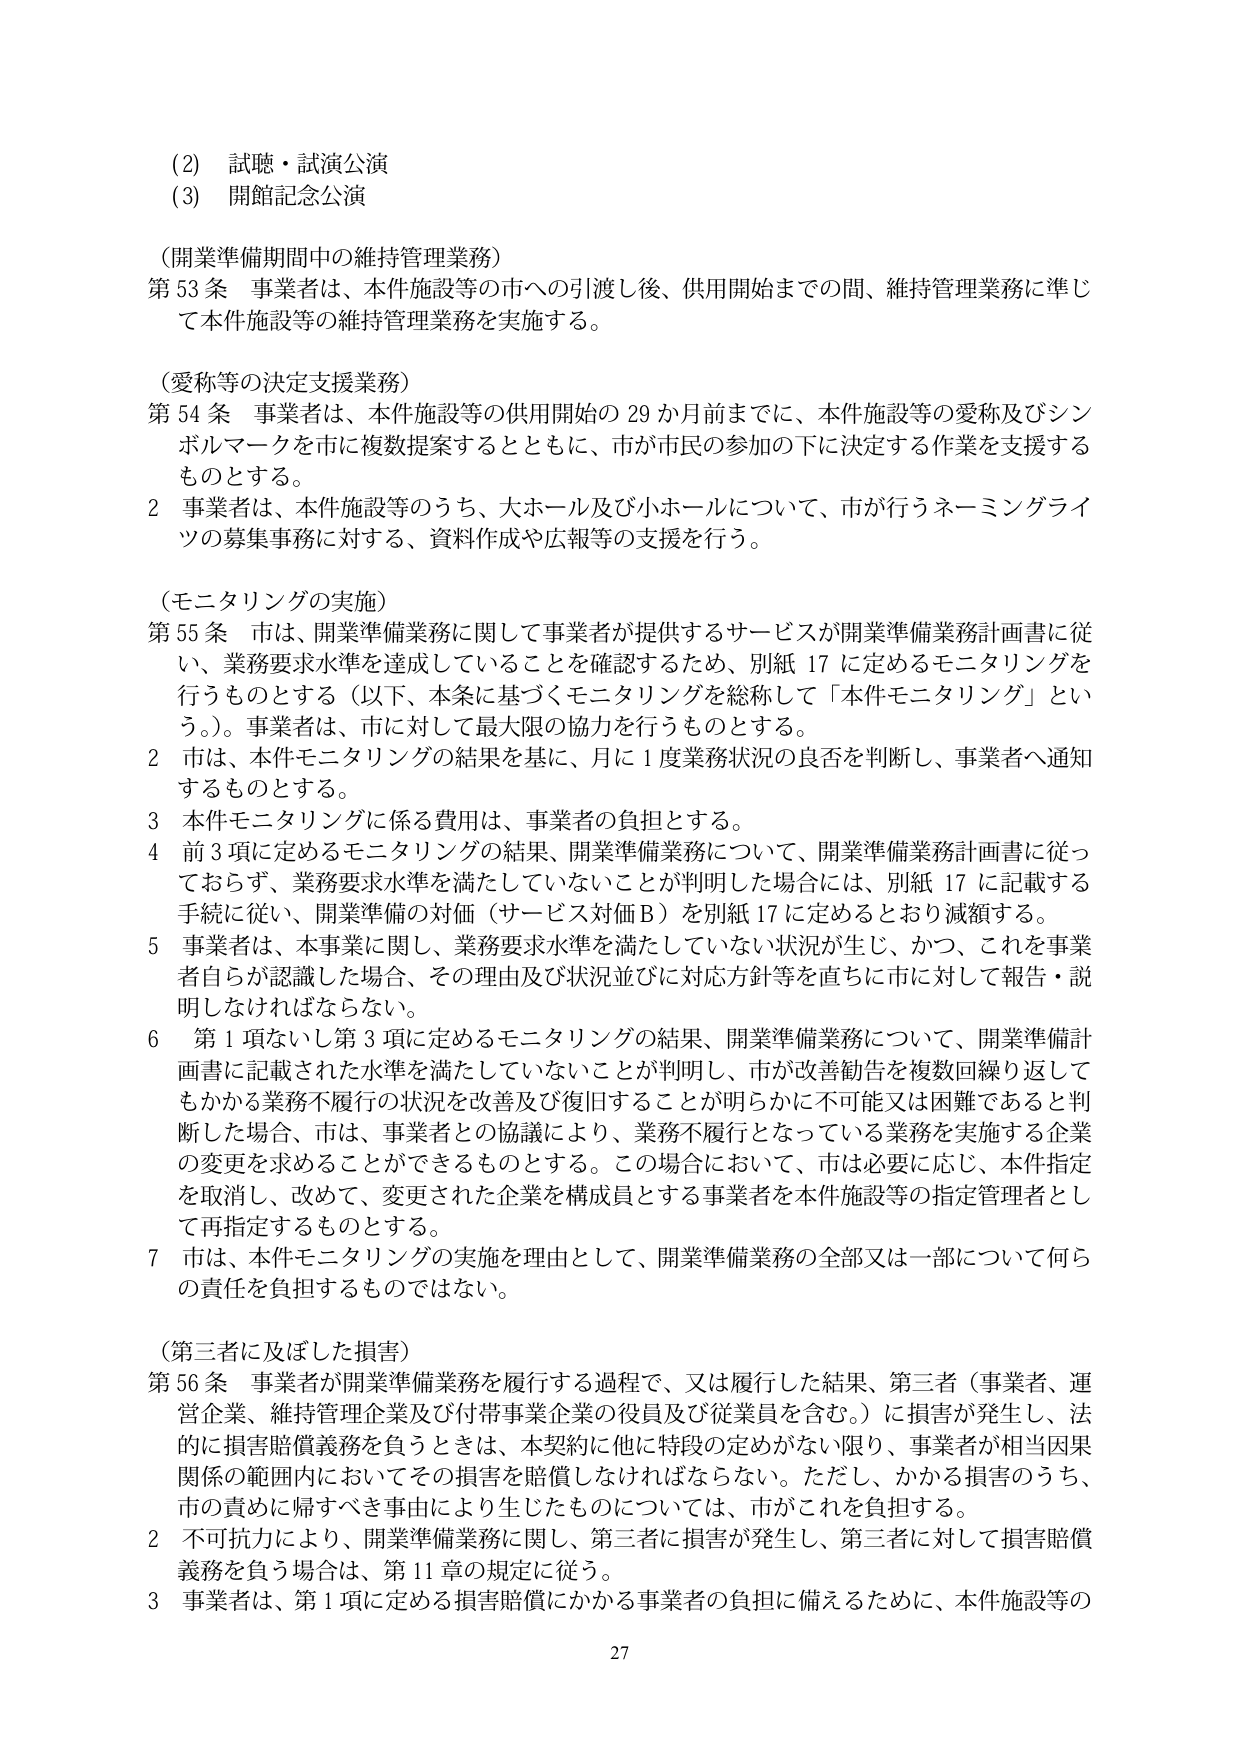
(2) 試聴・試演公演
(3) 開館記念公演

（開業準備期間中の維持管理業務）
第53条 事業者は、本件施設等の市への引渡し後、供用開始までの間、維持管理業務に準じて本件施設等の維持管理業務を実施する。

（愛称等の決定支援業務）
第54条 事業者は、本件施設等の供用開始の29か月前までに、本件施設等の愛称及びシンボルマークを市に複数提案するとともに、市が市民の参加の下に決定する作業を支援するものとする。
2 事業者は、本件施設等のうち、大ホール及び小ホールについて、市が行うネーミングライツの募集事務に対する、資料作成や広報等の支援を行う。

（モニタリングの実施）
第55条 市は、開業準備業務に関して事業者が提供するサービスが開業準備業務計画書に従い、業務要求水準を達成していることを確認するため、別紙17に定めるモニタリングを行うものとする（以下、本条に基づくモニタリングを総称して「本件モニタリング」という。）。事業者は、市に対して最大限の協力を行うものとする。
2 市は、本件モニタリングの結果を基に、月に1度業務状況の良否を判断し、事業者へ通知するものとする。
3 本件モニタリングに係る費用は、事業者の負担とする。
4 前3項に定めるモニタリングの結果、開業準備業務について、開業準備業務計画書に従っておらず、業務要求水準を満たしていないことが判明した場合には、別紙17に記載する手続に従い、開業準備の対価（サービス対価B）を別紙17に定めるとおり減額する。
5 事業者は、本事業に関し、業務要求水準を満たしていない状況が生じ、かつ、これを事業者自らが認識した場合、その理由及び状況並びに対応方針等を直ちに市に対して報告・説明しなければならない。
6 第1項ないし第3項に定めるモニタリングの結果、開業準備業務について、開業準備計画書に記載された水準を満たしていないことが判明し、市が改善勧告を複数回繰り返してもかかる業務不履行の状況を改善及び復旧することが明らかに不可能又は困難であると判断した場合、市は、事業者との協議により、業務不履行となっている業務を実施する企業の変更を求めることができるものとする。この場合において、市は必要に応じ、本件指定を取消し、改めて、変更された企業を構成員とする事業者を本件施設等の指定管理者として再指定するものとする。
7 市は、本件モニタリングの実施を理由として、開業準備業務の全部又は一部について何らの責任を負担するものではない。

（第三者に及ぼした損害）
第56条 事業者が開業準備業務を履行する過程で、又は履行した結果、第三者（事業者、運営企業、維持管理企業及び付帯事業企業の役員及び従業員を含む。）に損害が発生し、法的に損害賠償義務を負うときは、本契約に他に特段の定めがない限り、事業者が相当因果関係の範囲内においてその損害を賠償しなければならない。ただし、かかる損害のうち、市の責めに帰すべき事由により生じたものについては、市がこれを負担する。
2 不可抗力により、開業準備業務に関し、第三者に損害が発生し、第三者に対して損害賠償義務を負う場合は、第11章の規定に従う。
3 事業者は、第1項に定める損害賠償にかかる事業者の負担に備えるために、本件施設等の

27